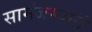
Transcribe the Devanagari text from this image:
सामंजस्यानं